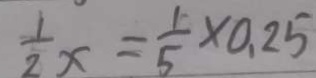
\frac { 1 } { 2 } x = \frac { 1 } { 5 } \times 0 . 2 5